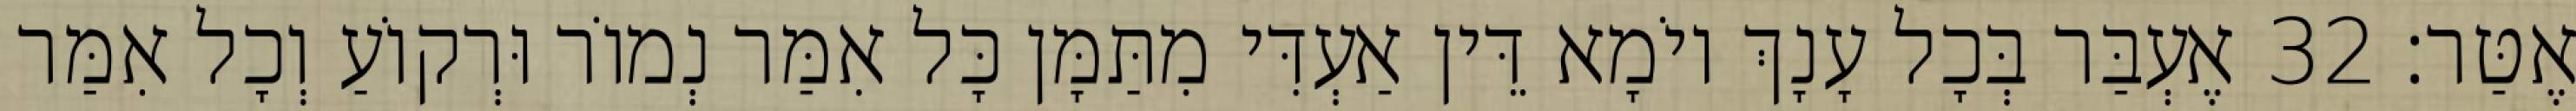
אֶטַּר׃ 32 אֶעְבַּר בְּכָל עָנָךְ יוֹמָא דֵּין אַעְדִּי מִתַּמָּן כָּל אִמַּר נְמוֹר וּרְקוֹעַ וְכָל אִמַּר